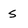
Character: S